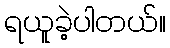
ရယူခဲ့ပါတယ်။